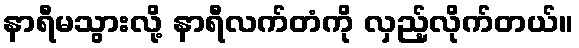
နာရီမသွားလို့ နာရီလက်တံကို လှည့်လိုက်တယ်။